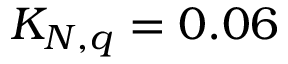
K _ { N , q } = 0 . 0 6